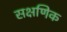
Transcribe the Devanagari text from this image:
सक्षणिक